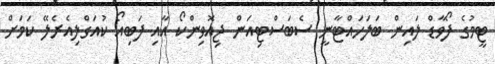
ޓީމުގެ ފޯވާޑް ލައިން ބަލަހައްޓާނީ ސެބަސްޓިއަން ޖިއޮވިންކޯ އާއި ފަބިއޯ ކުއަގްލިއެރެލޭ ކަމަށް